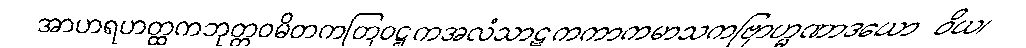
အာဟရဟတ္ထကဘုတ္တဝမိတကတြဝဋ္ဋကအလံသာဋကကာကမာသကဗြာဟ္မဏာဒယော ဝိယ၊